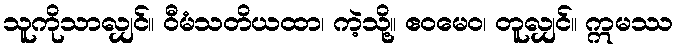
သူကိုသာလျှင်။ ဝီမံသတိယထာ၊ ကဲ့သို့။ ဧဝမေဝ၊ တူလျှင်။ ဣမဿ